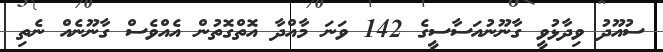
ސުއޫދު ވިދާޅުވީ ގާނޫނުއަސާސީގެ 142 ވަނަ މާއްދާ އޮތްގޮތުން އެއްވެސް ގާނޫނެއް ނެތި